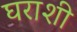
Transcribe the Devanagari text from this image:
घराशी